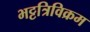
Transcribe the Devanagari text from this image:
भट्टत्रिविक्रम